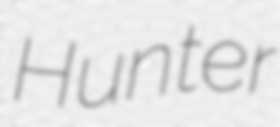
Hunter